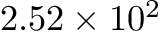
2 . 5 2 \times 1 0 ^ { 2 }